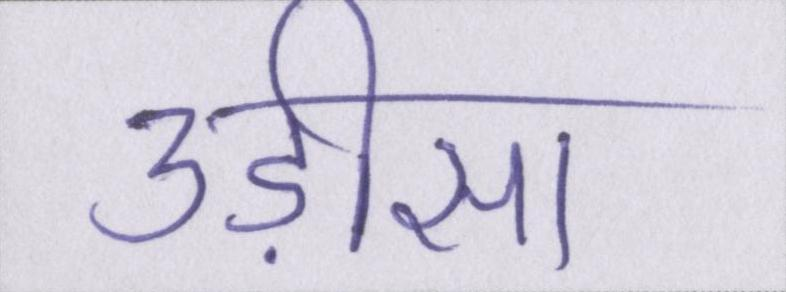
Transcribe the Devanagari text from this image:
उड़ीसा